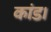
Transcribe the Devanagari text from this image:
कांड।